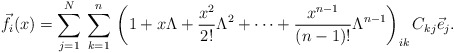
\begin{align*}{\vec f}_i(x)=\sum_{j=1}^N\, \sum_{k=1}^n\,\left(1 + x\Lambda +\frac{x^2}{2!}\Lambda^2 + \cdots + \frac{x^{n-1}}{(n-1)!}\Lambda^{n-1} \right)_{ik}C_{kj}{\vec e}_j.\end{align*}